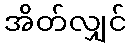
အိတ်လျှင်